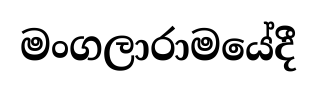
මංගලාරාමයේදී